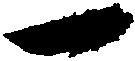
一